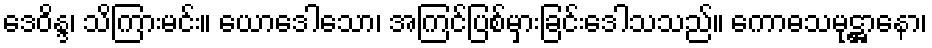
ဒေဝိန္ဒ၊ သိကြားမင်း။ ယောဒေါသော၊ အကြင်ပြစ်မှားခြင်းဒေါသသည်။ ကောဓသမုဋ္ဌာနော၊